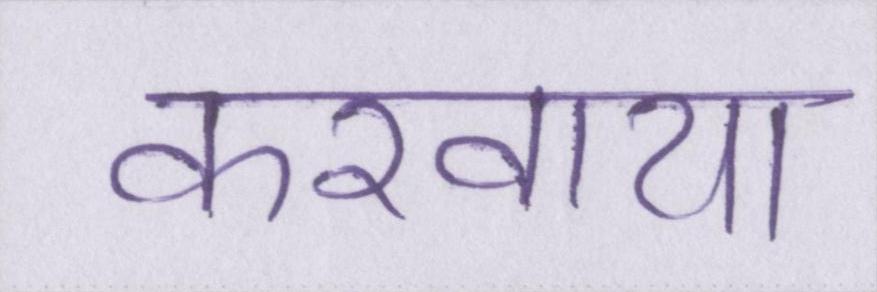
करवाया